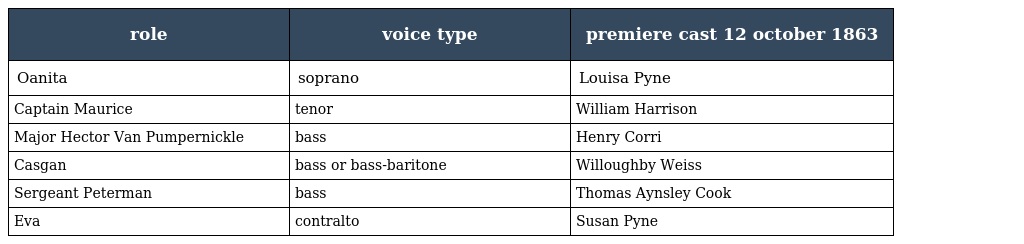
| role | voice type | premiere cast 12 october 1863 |
 | --- | --- | --- |
 | Oanita | soprano | Louisa Pyne |
 | Captain Maurice | tenor | William Harrison |
 | Major Hector Van Pumpernickle | bass | Henry Corri |
 | Casgan | bass or bass-baritone | Willoughby Weiss |
 | Sergeant Peterman | bass | Thomas Aynsley Cook |
 | Eva | contralto | Susan Pyne |